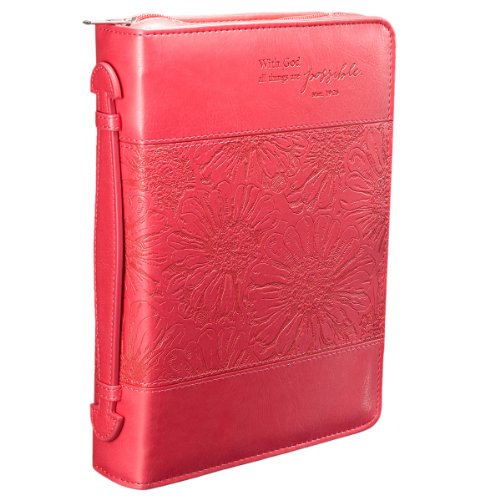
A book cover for Pink "All Things Are Possible" Bible / Book Cover - Matthew 19:26 (Medium); Christian Art Gfits; Christian Books & Bibles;